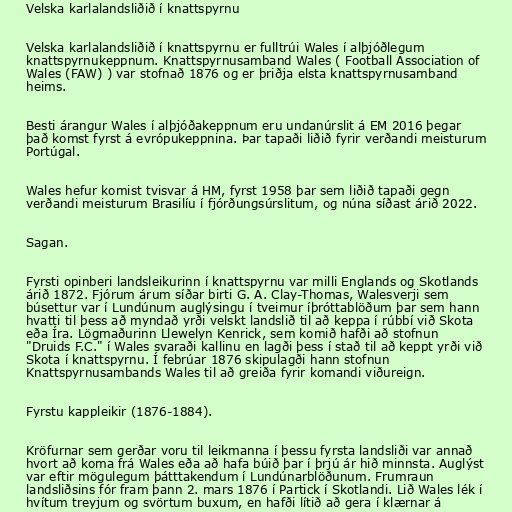
Velska karlalandsliðið í knattspyrnu

Velska karlalandsliðið í knattspyrnu er fulltrúi Wales í alþjóðlegum
knattspyrnukeppnum. Knattspyrnusamband Wales ( Football Association of
Wales (FAW) ) var stofnað 1876 og er þriðja elsta knattspyrnusamband
heims.

Besti árangur Wales í alþjóðakeppnum eru undanúrslit á EM 2016 þegar
það komst fyrst á evrópukeppnina. Þar tapaði liðið fyrir verðandi meisturum
Portúgal.

Wales hefur komist tvisvar á HM, fyrst 1958 þar sem liðið tapaði gegn
verðandi meisturum Brasilíu í fjórðungsúrslitum, og núna síðast árið 2022.

Sagan.

Fyrsti opinberi landsleikurinn í knattspyrnu var milli Englands og Skotlands
árið 1872. Fjórum árum síðar birti G. A. Clay-Thomas, Walesverji sem
búsettur var í Lundúnum auglýsingu í tveimur íþróttablöðum þar sem hann
hvatti til þess að myndað yrði velskt landslið til að keppa í rúbbí við Skota
eða Íra. Lögmaðurinn Llewelyn Kenrick, sem komið hafði að stofnun
"Druids F.C." í Wales svaraði kallinu en lagði þess í stað til að keppt yrði við
Skota í knattspyrnu. Í febrúar 1876 skipulagði hann stofnun
Knattspyrnusambands Wales til að greiða fyrir komandi viðureign.

Fyrstu kappleikir (1876-1884).

Kröfurnar sem gerðar voru til leikmanna í þessu fyrsta landsliði var annað
hvort að koma frá Wales eða að hafa búið þar í þrjú ár hið minnsta. Auglýst
var eftir mögulegum þátttakendum í Lundúnarblöðunum. Frumraun
landsliðsins fór fram þann 2. mars 1876 í Partick í Skotlandi. Lið Wales lék í
hvítum treyjum og svörtum buxum, en hafði lítið að gera í klærnar á